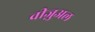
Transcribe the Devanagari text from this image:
वीज़ुअल